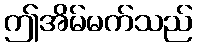
ဤအိမ်မက်သည်